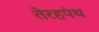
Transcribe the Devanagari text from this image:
तेरहपंथ